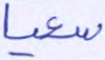
سعيا